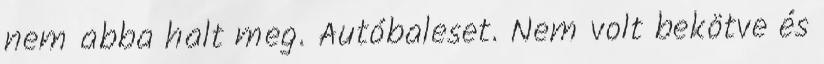
nem abba halt meg. Autóbaleset. Nem volt bekötve és